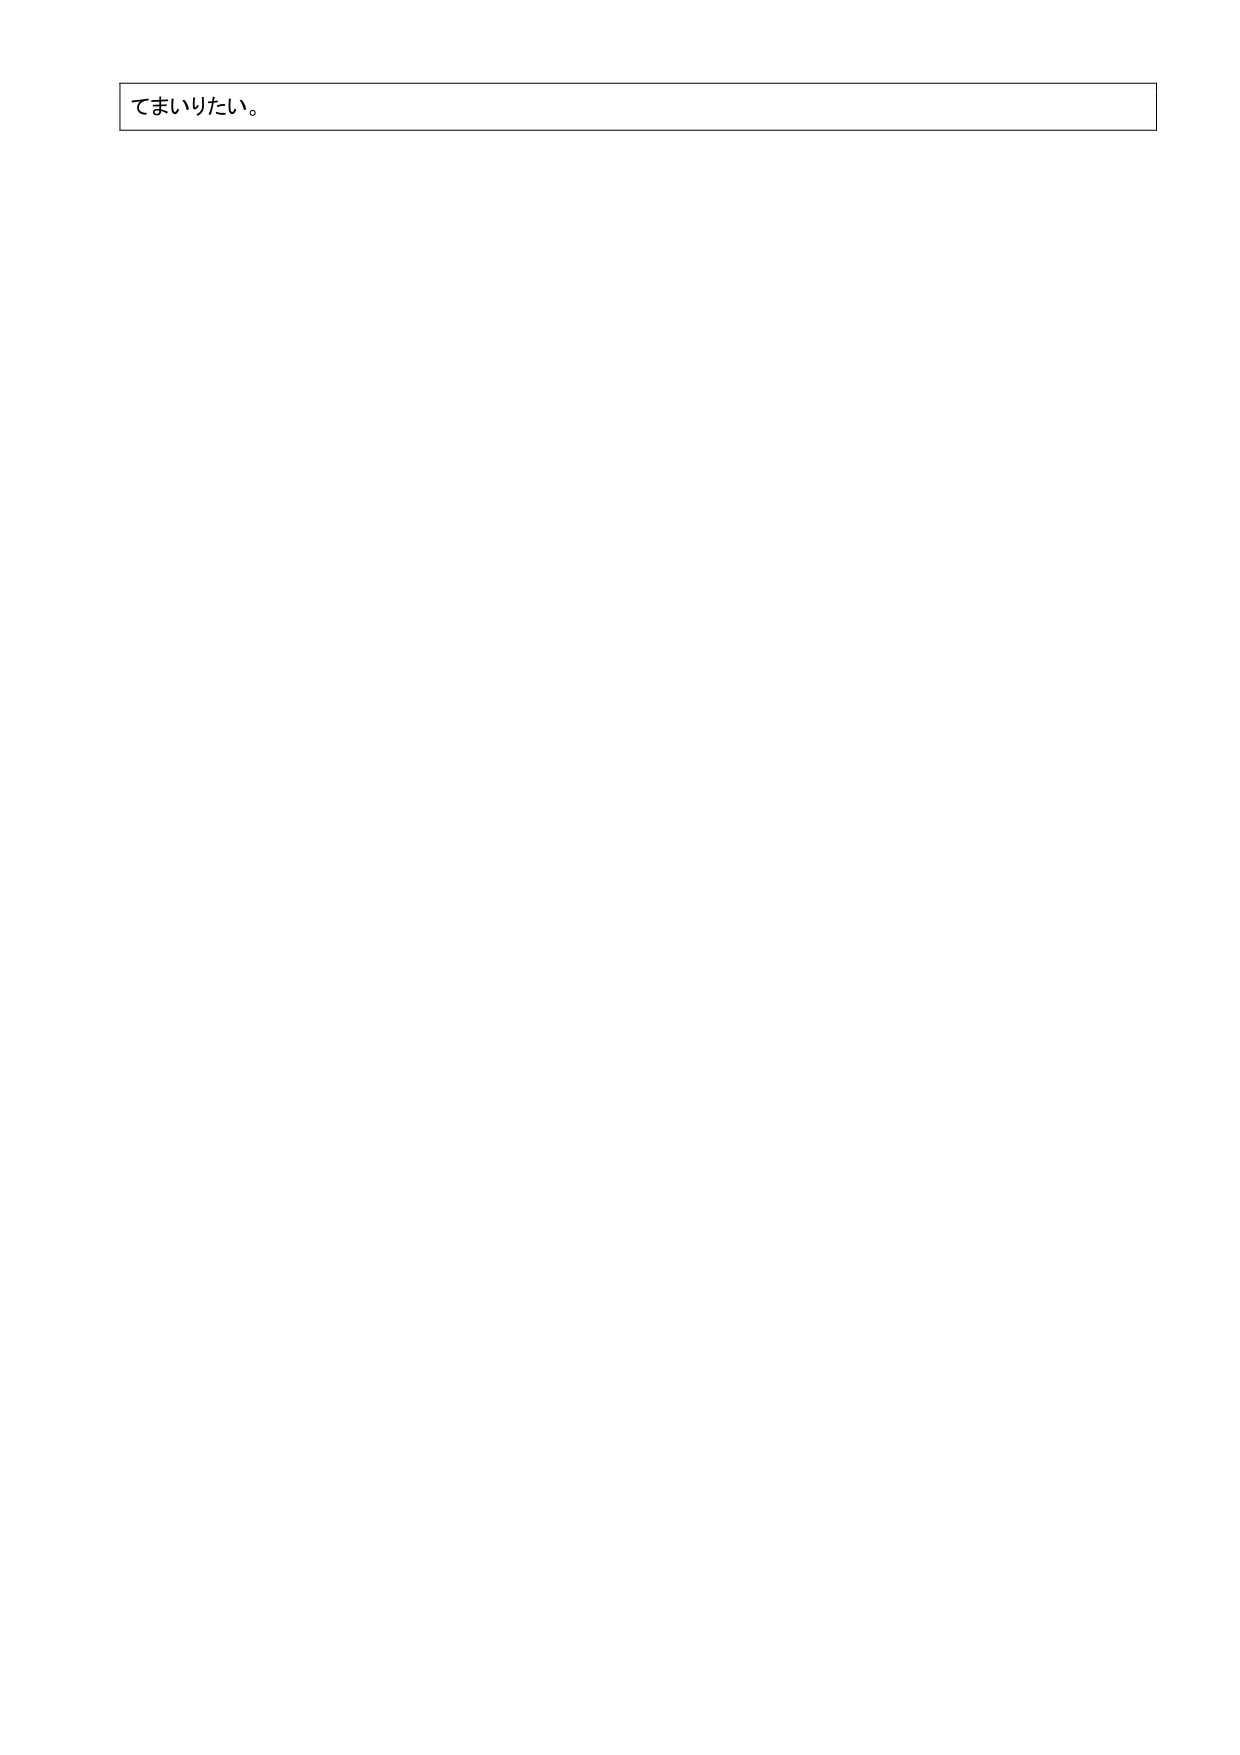
てまいりたい。